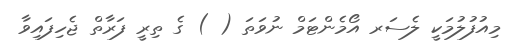
މިއުފުލުމަކީ ލެސަރ އޯމެންޓަމް ނުވަތަ ( ) ގެ ތިރީ ފަރާތް ޖެހިފައިވާ